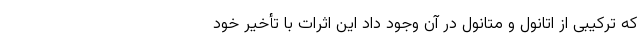
که ترکیبی از اتانول و متانول در آن وجود داد این اثرات با تأخیر خود